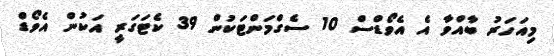
މިއަހަރު ބާއްވާ އެ އެވޯޑްސް 10 ސެގްމަންޓަކުން 39 ކެޓަގަރީ އަކުން އެވޯޑް